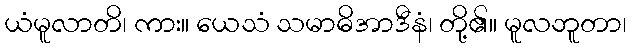
ယံမူလာတိ၊ ကား။ ယေသံ သမာဓိအာဒီနံ၊ တို့၏။ မူလဘူတာ၊